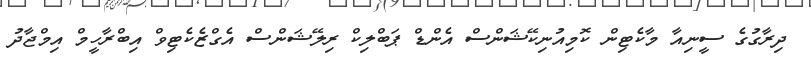
ދިރާގުގެ ސީނިއާ މާކެޓިން ކޮމިއުނިކޭޝަންސް އެންޑް ޕަބްލިކް ރިލޭޝަންސް އެގްޒެކެޓިވް އިބްރާހީމް އިމްޖާދު